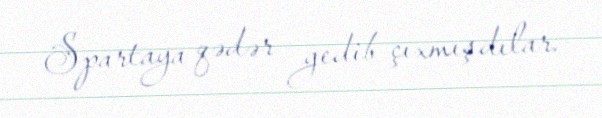
Spartaya qədər gedib çıxmışdılar.